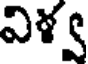
విళ్వ